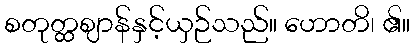
စတုတ္ထဈာန်နှင့်ယှဉ်သည်။ ဟောတိ၊ ၏။